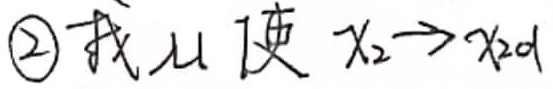
\textcircled{2}找$\mu$使$x_{2}\to x_{2d}$